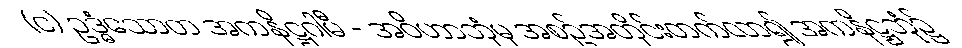
(င) ဥဒ္ဓံသောတ အကနိဋ္ဌဂါမီ - အဝိဟာဘုံမှ အစဉ်အတိုင်းတက်လာ၍ အကနိဋ္ဌဘုံ၌